Leaving Certificate Examination (including Day School Certificate (Higher) General paper), 1932
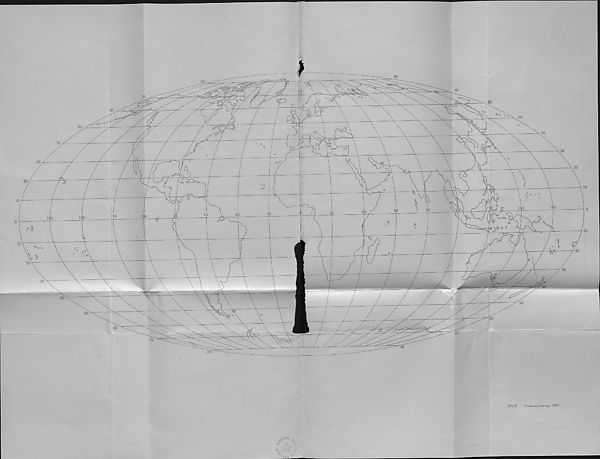
Ordnance Survey 1931.
LOWER GEOG.
(MAPS.)
Q
c '
I ^
LEAVING CERTIFICATE EXAMINATION, 1932.
SOIBNOE,
EOWEE G-EA.I3B—{Q-EOO-EA.]PIIY).
MAPS.
FILL, THIS IN FIRST.
Name of School.
Name of Pupil.
TO BE PINNED INSIDE THE CANDIDATE’S BOOK OF ANSWERS
AND THUS SENT TO THE DEPARTMENT.
i
[OVER.